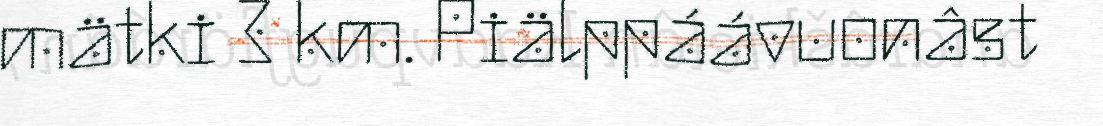
mätki 3 km. Piälppáávuonâst